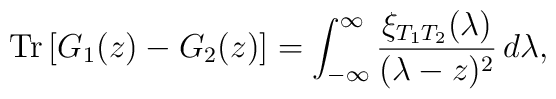
\mbox{Tr}\left[ G_1(z)-G_2(z)\right] =\int_{-\infty}^\infty\frac{\xi_{T_1T_2}(\lambda)}{(\lambda-z)^2}\,d\lambda,